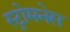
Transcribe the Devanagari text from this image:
स्ट्रोमनेस